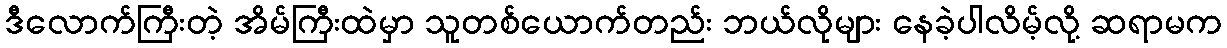
ဒီလောက်ကြီးတဲ့ အိမ်ကြီးထဲမှာ သူတစ်ယောက်တည်း ဘယ်လိုများ နေခဲ့ပါလိမ့်လို့ ဆရာမက